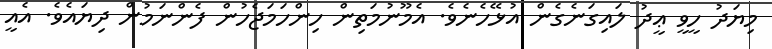
މިޔަދު ހީވީ ޢީދު ލައިގަނެގެން އުޅޭހެނެވެ. އެމޫނުމަތިން ހިންހަމަޖެހުން ފެންނަމުން ދިޔައެވެ. އެއީ